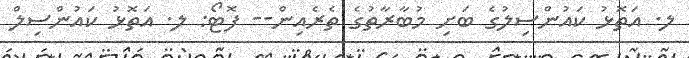
ލ. އަތޮޅު ކައުންސިލުގެ ބަށި މުބާރާތުގެ ތެރެއިން-- ފޮޓޯ: ލ. އަތޮޅު ކައުންސިލް